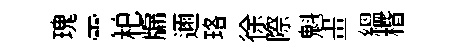
瑰霅𣏌牖邇珞徐際魁畫緼楷